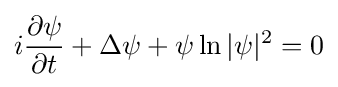
i{\frac {\partial \psi }{\partial t}}+\Delta \psi +\psi \ln |\psi |^{2}=0